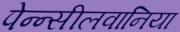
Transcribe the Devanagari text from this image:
पेन्न्सीलवानिया